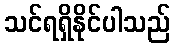
သင်ရရှိနိုင်ပါသည်